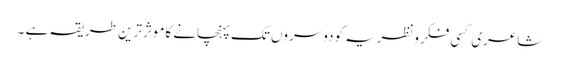
شاعری کسی فکرونظریہ کودوسروں تک پہنچانے کاموثرترین طریقہ ہے ۔